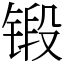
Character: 锻